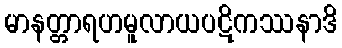
မာနတ္တာရဟမူလာယပဋိကဿနာဒိ